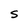
Character: S